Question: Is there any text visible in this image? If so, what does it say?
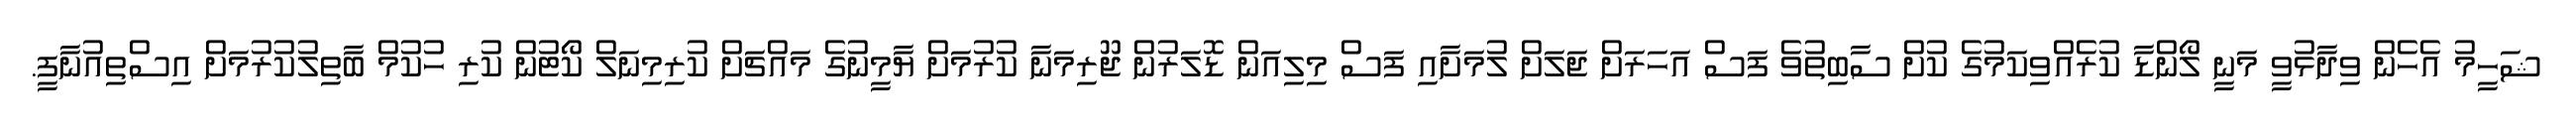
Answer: ޝަހީމު އެހެން ވިދާޅުވީ މަނީ ލޯންޑާ ކުރެއްވިކަމުގެ ކުށް ސާބިތުވެ ފަސް އަހަރަށް ޖަލަށް ލުމަށާއި ފަސް މިލިއަން ޑޮލަރުން ޖޫރިމަނާ ކުރުމަށް ޔާމީނުގެ މައްޗަށް ކުރިމިނަލް ކޯޓުން ކުރި ހުކުމް ބާތިލުކުރުމަށް އިސްތިއުނާފީ.